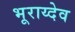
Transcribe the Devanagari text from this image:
भूराय्देव